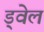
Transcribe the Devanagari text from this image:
ड्वेल